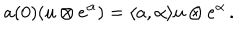
LaTeX: a ( 0 ) ( u \otimes e ^ { \alpha } ) = \langle a , \alpha \rangle u \otimes e ^ { \alpha } \, .